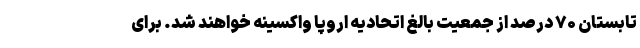
تابستان ۷۰ درصد از جمعیت بالغ اتحادیه اروپا واکسینه خواهند شد. برای